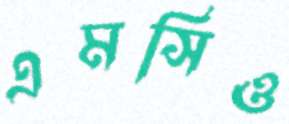
এমসিও